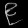
Digit: ၉